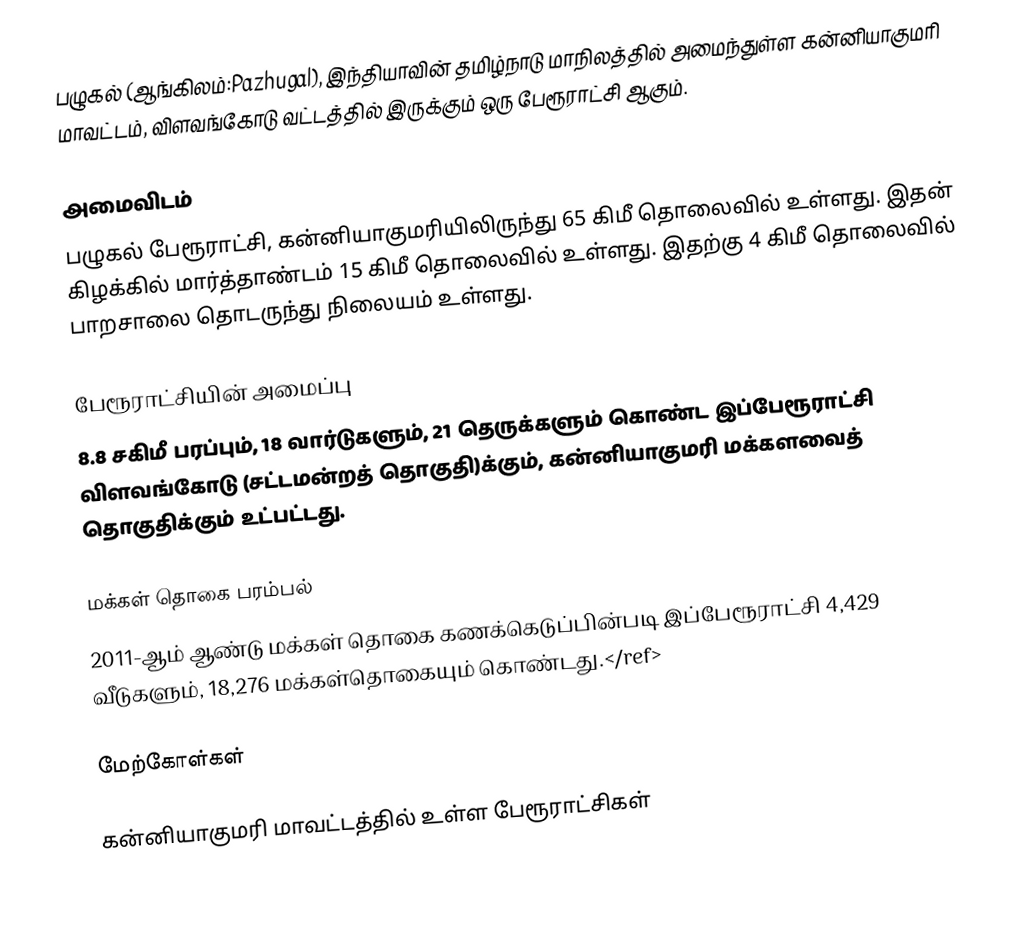
பழுகல் (ஆங்கிலம்:Pazhugal), இந்தியாவின் தமிழ்நாடு மாநிலத்தில் அமைந்துள்ள கன்னியாகுமரி மாவட்டம், விளவங்கோடு வட்டத்தில் இருக்கும் ஒரு பேரூராட்சி ஆகும்.

அமைவிடம்
பழுகல் பேரூராட்சி, கன்னியாகுமரியிலிருந்து 65 கிமீ தொலைவில் உள்ளது. இதன் கிழக்கில் மார்த்தாண்டம் 15 கிமீ தொலைவில் உள்ளது. இதற்கு 4 கிமீ தொலைவில்  பாறசாலை தொடருந்து நிலையம்  உள்ளது.

பேரூராட்சியின் அமைப்பு
8.8 சகிமீ பரப்பும், 18 வார்டுகளும், 21 தெருக்களும் கொண்ட இப்பேரூராட்சி  விளவங்கோடு (சட்டமன்றத் தொகுதி)க்கும், கன்னியாகுமரி மக்களவைத் தொகுதிக்கும் உட்பட்டது.

மக்கள் தொகை பரம்பல்
2011-ஆம் ஆண்டு மக்கள் தொகை கணக்கெடுப்பின்படி  இப்பேரூராட்சி    4,429  வீடுகளும்,  18,276 மக்கள்தொகையும் கொண்டது.</ref>

மேற்கோள்கள்

கன்னியாகுமரி மாவட்டத்தில் உள்ள பேரூராட்சிகள்